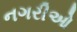
નગરીઓ